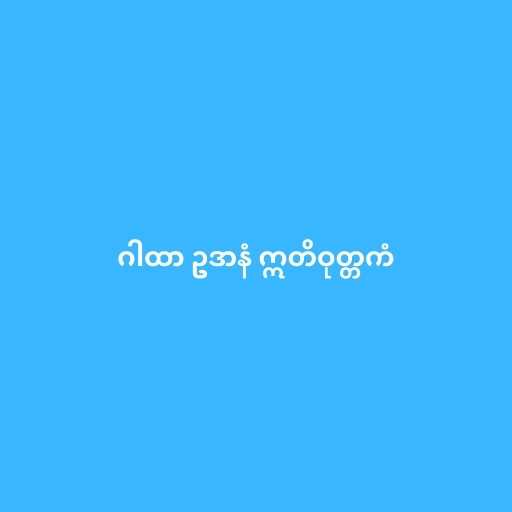
ဂါထာ ဥဒာနံ ဣတိဝုတ္တကံ